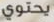
يحتوي